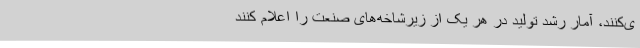
ی‌کنند، آمار رشد تولید در هر یک از زیرشاخه‌های صنعت را اعلام کنند